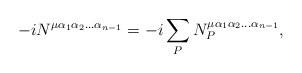
\begin{align*}-iN^{\mu\alpha_1\alpha_2\ldots\alpha_{n-1}}=-i\sum_{P}N^{\mu\alpha_1\alpha_2\ldots\alpha_{n-1}}_{P},\end{align*}